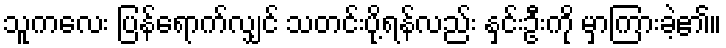
သူကလေး ပြန်ရောက်လျှင် သတင်းပို့ရန်လည်း နှင်းဦးကို မှာကြားခဲ့၏။